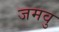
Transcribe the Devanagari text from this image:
जमवु